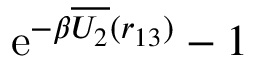
\mathrm { e } ^ { - \beta \overline { { U _ { 2 } } } ( r _ { 1 3 } ) } - 1